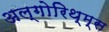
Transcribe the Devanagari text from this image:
अल्गोरिथ्म्स